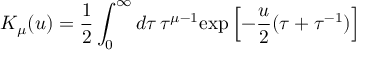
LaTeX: K _ { \mu } ( u ) = \frac 1 2 \int _ { 0 } ^ { \infty } d \tau \, \tau ^ { \mu - 1 } \mathrm { e x p } \left[ - \frac u 2 ( \tau + \tau ^ { - 1 } ) \right]